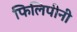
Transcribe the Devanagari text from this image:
फिलिपीनी